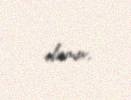
olunur.